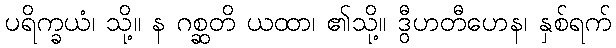
ပရိက္ခယံ၊ သို့။ န ဂစ္ဆတိ ယထာ၊ ၏သို့။ ဒွီဟတီဟေန၊ နှစ်ရက်